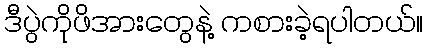
ဒီပွဲကိုဖိအားတွေနဲ့ ကစားခဲ့ရပါတယ်။